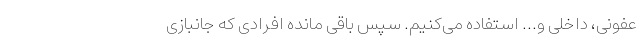
عفونی، داخلی و... استفاده می‌کنیم. سپس باقی مانده افرادی که جانبازی